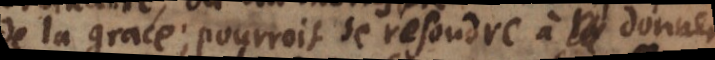
de la grace; pourroit se resoudre à donner